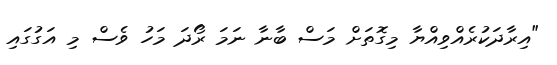
"އިރާދަކުރެއްވިއްޔާ މިގޮތަށް މަސް ބާނާ ނަމަ ރޯދަ މަހު ވެސް މި އަގުގައި